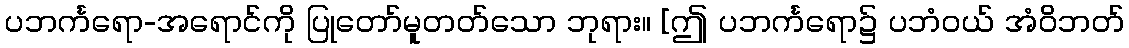
ပဘင်္ကရော-အရောင်ကို ပြုတော်မူတတ်သော ဘုရား။ [ဤ ပဘင်္ကရော၌ ပဘံဝယ် အံဝိဘတ်